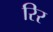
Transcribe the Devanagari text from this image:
रिर